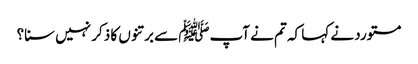
مستورد نے کہا کہ تم نے آپﷺ سے برتنوں کا ذکر نہیں سنا؟